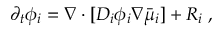
\begin{array} { r } { \partial _ { t } \phi _ { i } = \nabla \cdot [ D _ { i } \phi _ { i } \nabla \bar { \mu } _ { i } ] + R _ { i } \; , } \end{array}